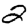
Digit: 2